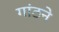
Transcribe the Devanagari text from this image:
गांठने